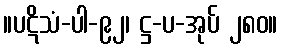
။ပဋိသံ-ပါ-၉၂၊ ဋ္ဌ-ပ-အုပ် ၂၈၀။